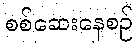
စစ်ဆေးနေစဉ်